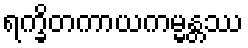
ရက္ခိတကာယကမ္မန္တဿ